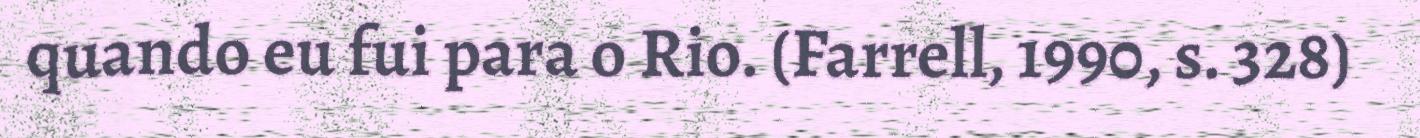
quando eu fui para o Rio. (Farrell, 1990, s. 328)